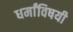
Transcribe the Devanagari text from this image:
धर्मांविषयी